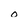
Character: o